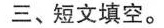
三、短文填空。